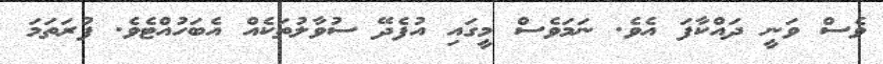
ވެސް ވަނީ ދައްކާފަ އެވެ. ނަމަވެސް މީގައި އުފެދޭ ސުވާލުތަކެއް އެބަހުއްޓެވެ. ފުރަތަމަ